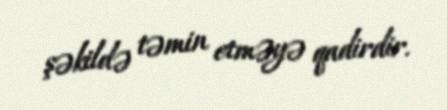
şəkildə təmin etməyə qadirdir.